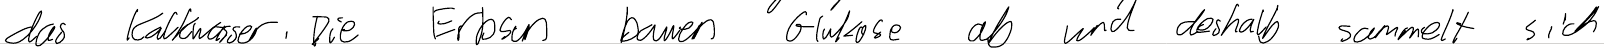
das Kalkwasser. Die Erbsen bauen Glukose ab und deshalb sammelt sich